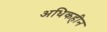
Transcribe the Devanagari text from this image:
अधिकहीन